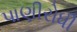
પાણીરોધી